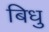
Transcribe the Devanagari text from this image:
बिधु